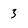
Character: 3